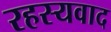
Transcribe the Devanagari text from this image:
रहस्‍यवाद